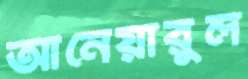
আনেয়ারুল